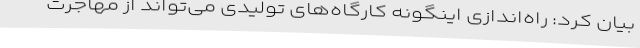
بیان کرد: راه‌اندازی اینگونه کارگاه‌های تولیدی می‌تواند از مهاجرت